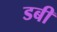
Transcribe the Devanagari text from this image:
डबी